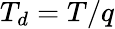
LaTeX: T_{d}=T/q